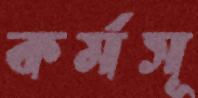
কর্মসূ